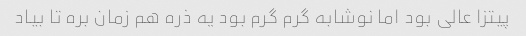
پیتزا عالی بود اما نوشابه گرم گرم بود یه ذره هم زمان بره تا بیاد